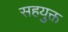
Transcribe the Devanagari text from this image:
सहयुक्त